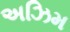
અઝિમ